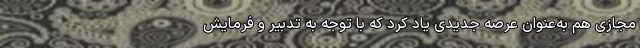
مجازی هم به‌عنوان عرصه جدیدی یاد کرد که با توجه به تدبیر و فرمایش